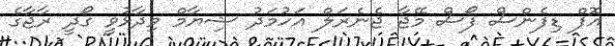
އޮފް ޑިފެންސް ފޯސް މޭޖާ ޖެނެރަލް އަހުމަދު ޝިޔާމް ވިދާޅުވީ ގޯދީ ރާޖާގެ